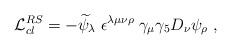
LaTeX: \begin{align*}{\cal L}_{cl}^{RS}=-{\widetilde \psi}_{\lambda}\; \epsilon^{\lambda \mu \nu \rho} \; \gamma_{\mu}\gamma_{5}D_{\nu}\psi_{\rho} \; ,\end{align*}